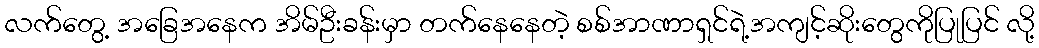
လက်တွေ့ အခြေအနေက အိမ်ဦးခန်းမှာ တက်နေနေတဲ့ စစ်အာဏာရှင်ရဲ့အကျင့်ဆိုးတွေကိုပြုပြင် လို့